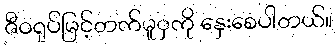
ဇီဝရုပ်မြင့်တက်မူှကို နှေးစေပါတယ်။